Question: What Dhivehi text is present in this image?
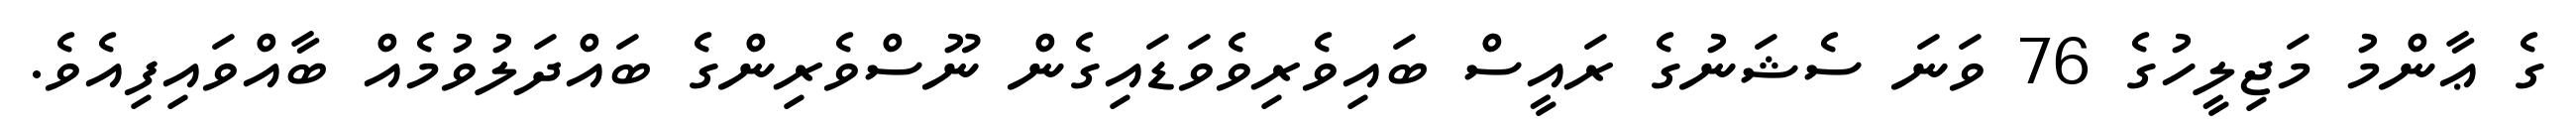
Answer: ގެ ޢާންމު މަޖިލީހުގެ 76 ވަނަ ސެޝަނުގެ ރައީސް ބައިވެރިވެވަޑައިގެން ނޫސްވެރިންގެ ބައްދަލުވުމެއް ބާއްވައިފިއެވެ.